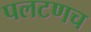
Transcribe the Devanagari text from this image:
पलटणच